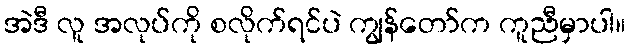
အဲဒီ လူ အလုပ်ကို စလိုက်ရင်ပဲ ကျွန်တော်က ကူညီမှာပါ။